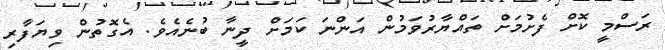
ރަސްމީ ކޮށް ފެށުމަށް ތައްޔާރުވަމުން އަންނަ ކަމަށް ދީނާ ބުނެއެވެ. އެގޮތުން ވިޔަފާރި